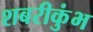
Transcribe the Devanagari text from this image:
शबरीकुंभ